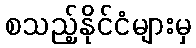
စသည့်နိုင်ငံများမှ